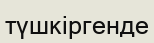
түшкіргенде